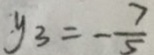
y _ { 3 } = - \frac { 7 } { 5 }